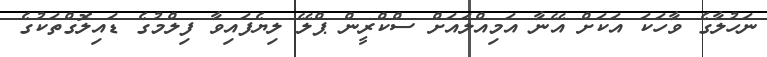
ނަހުލާގެ ވާހަކަ އަކަށް އޭނާ އަމިއްލައަށް ސްކްރީން ޕްލޭ ލިޔެފައިވާ ފިލްމުގެ ޑައިލޮގްތަކުގެ